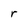
Character: r